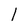
Character: l